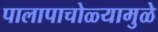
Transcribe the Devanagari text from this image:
पालापाचोळ्यामुळे